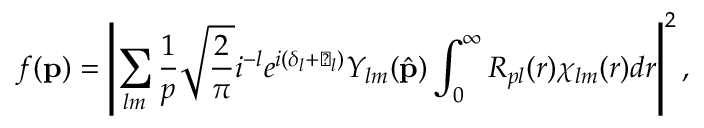
f ( { \bf { p } } ) = \left| \sum _ { l m } \frac { 1 } { p } \sqrt { \frac { 2 } { \pi } } i ^ { - l } e ^ { i ( \delta _ { l } + \vartriangle _ { l } ) } Y _ { l m } ( \hat { \bf { p } } ) \int _ { 0 } ^ { \infty } R _ { p l } ( r ) \chi _ { l m } ( r ) d r \right| ^ { 2 } ,